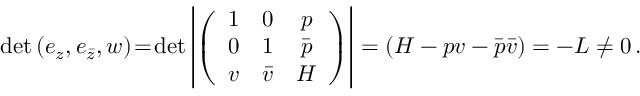
\operatorname * { d e t } { ( e _ { z } , e _ { \bar { z } } , w ) } \! = \! \operatorname * { d e t } \left| \left( \begin{array} { c c c } { { 1 } } & { { 0 } } & { { p } } \\ { { 0 } } & { { 1 } } & { { \bar { p } } } \\ { { v } } & { { \bar { v } } } & { { { \cal H } } } \end{array} \right) \right| = \left( { \cal H } - p v - \bar { p } \bar { v } \right) = - { \cal L } \neq 0 \, .